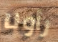
رأونا